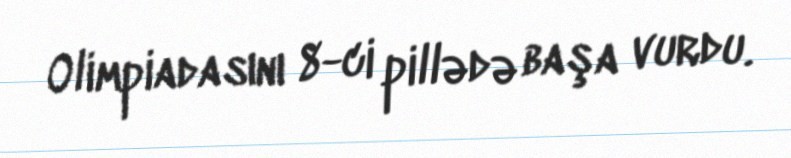
Olimpiadasını 8-ci pillədə başa vurdu.